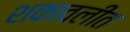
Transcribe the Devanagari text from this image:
शकावलीत